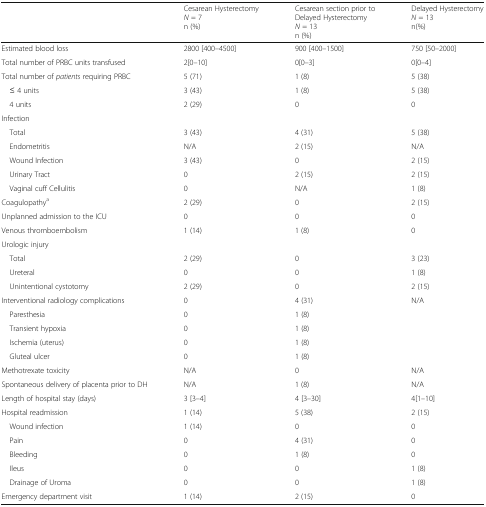
|  | Cesarean HysterectomyN = 7n (%) | Cesarean section prior toDelayed HysterectomyN = 13n (%) | Delayed HysterectomyN = 13n(%) |
 | --- | --- | --- | --- |
 | Estimated blood loss | 2800 [400–4500] | 900 [400–1500] | 750 [50–2000] |
 | Total number of PRBC units transfused | 2[0–10] | 0[0–3] | 0[0–4] |
 | Total number of patients requiring PRBC | 5 (71) | 1 (8) | 5 (38) |
 | ≤ 4 units | 3 (43) | 1 (8) | 5 (38) |
 | 4 units | 2 (29) | 0 | 0 |
 | <COLSPAN=4> Infection |
 | Total | 3 (43) | 4 (31) | 5 (38) |
 | Endometritis | N/A | 2 (15) | N/A |
 | Wound Infection | 3 (43) | 0 | 2 (15) |
 | Urinary Tract | 0 | 2 (15) | 2 (15) |
 | Vaginal cuff Cellulitis | 0 | N/A | 1 (8) |
 | Coagulopathya | 2 (29) | 0 | 2 (15) |
 | Unplanned admission to the ICU | 0 | 0 | 0 |
 | Venous thromboembolism | 1 (14) | 1 (8) | 0 |
 | Urologic injury |  |  |  |
 | Total | 2 (29) | 0 | 3 (23) |
 | Ureteral | 0 | 0 | 1 (8) |
 | Unintentional cystotomy | 2 (29) | 0 | 2 (15) |
 | Interventional radiology complications | 0 | 4 (31) | N/A |
 | Paresthesia | 0 | 1 (8) |  |
 | Transient hypoxia | 0 | 1 (8) |  |
 | Ischemia (uterus) | 0 | 1 (8) |  |
 | Gluteal ulcer | 0 | 1 (8) |  |
 | Methotrexate toxicity | N/A | 0 | N/A |
 | Spontaneous delivery of placenta prior to DH | N/A | 1 (8) | N/A |
 | Length of hospital stay (days) | 3 [3–4] | 4 [3–30] | 4[1–10] |
 | Hospital readmission | 1 (14) | 5 (38) | 2 (15) |
 | Wound infection | 1 (14) | 0 | 0 |
 | Pain | 0 | 4 (31) | 0 |
 | Bleeding | 0 | 1 (8) | 0 |
 | Ileus | 0 | 0 | 1 (8) |
 | Drainage of Uroma | 0 | 0 | 1 (8) |
 | Emergency department visit | 1 (14) | 2 (15) | 0 |